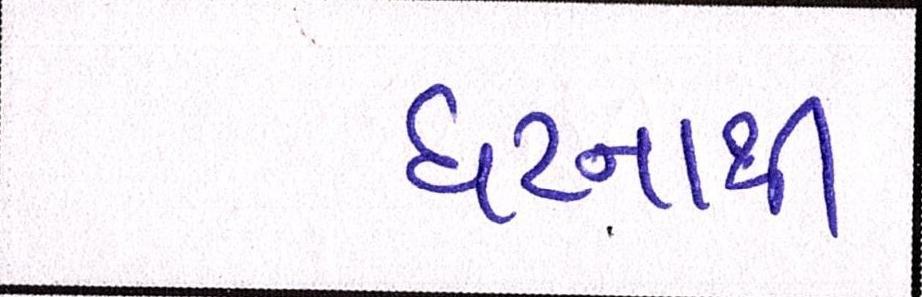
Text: ઘટનાથી